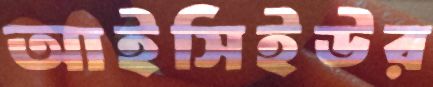
আইসিইউর